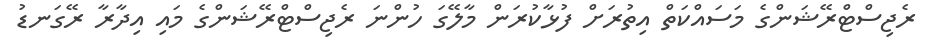
ރެޖިސްޓްރޭޝަންގެ މަސައްކަތް އިތުރަށް ފުޅާކުރަން މާލޭގަ ހުންނަ ރެޖިސްޓްރޭޝަންގެ މައި އިދާރާ ރޭގަނޑު